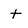
Character: t